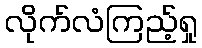
လိုက်လံကြည့်ရှု